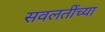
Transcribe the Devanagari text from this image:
सवलतींच्या